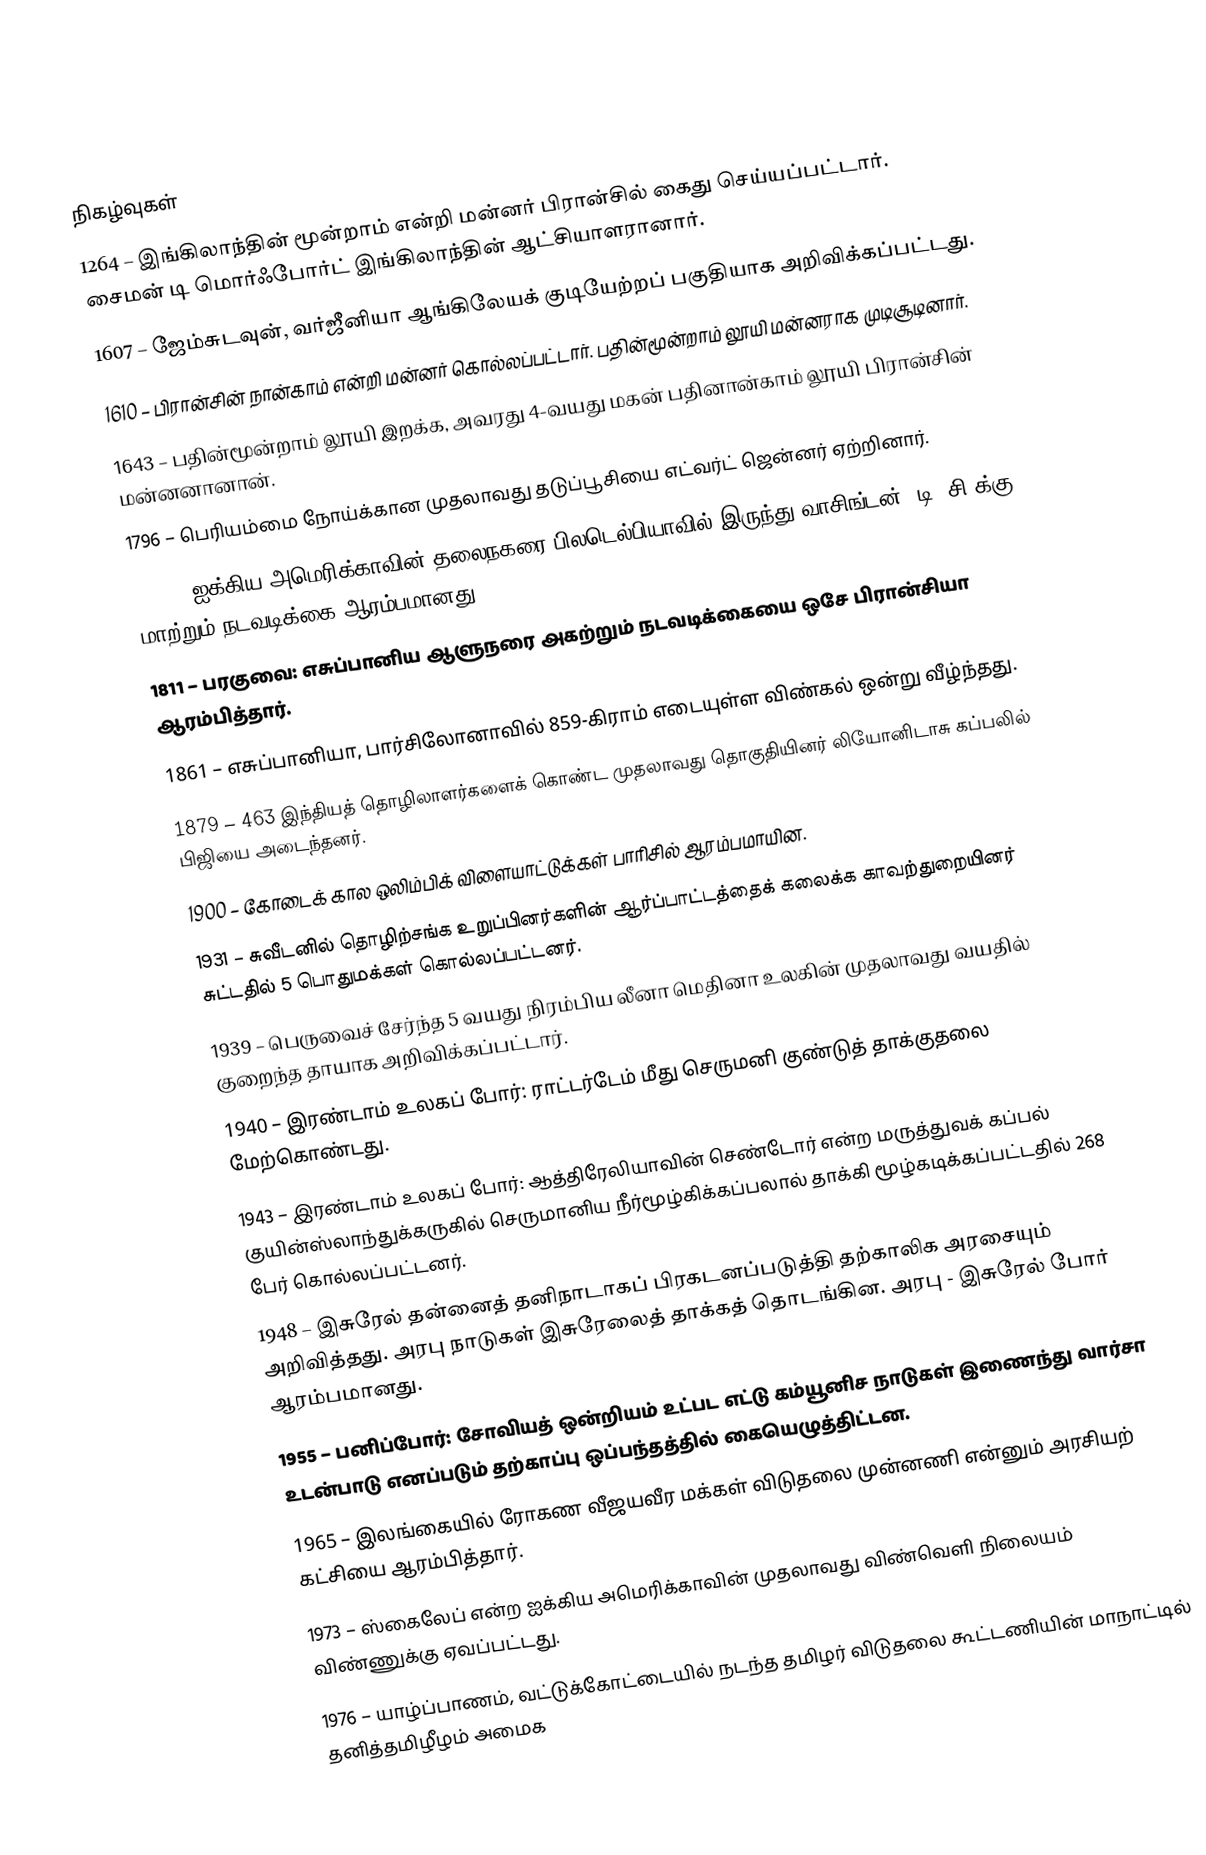

நிகழ்வுகள்
1264 – இங்கிலாந்தின் மூன்றாம் என்றி மன்னர் பிரான்சில் கைது செய்யப்பட்டார். சைமன் டி மொர்ஃபோர்ட் இங்கிலாந்தின் ஆட்சியாளரானார்.
1607 – ஜேம்சுடவுன், வர்ஜீனியா ஆங்கிலேயக் குடியேற்றப் பகுதியாக அறிவிக்கப்பட்டது.
1610 – பிரான்சின் நான்காம் என்றி மன்னர் கொல்லப்பட்டார். பதின்மூன்றாம் லூயி மன்னராக முடிசூடினார்.
1643 – பதின்மூன்றாம் லூயி இறக்க, அவரது 4-வயது மகன் பதினான்காம் லூயி பிரான்சின் மன்னனானான்.
1796 – பெரியம்மை நோய்க்கான முதலாவது தடுப்பூசியை எட்வர்ட் ஜென்னர் ஏற்றினார்.
1800 – ஐக்கிய அமெரிக்காவின் தலைநகரை பிலடெல்பியாவில் இருந்து வாசிங்டன், டி. சி.க்கு மாற்றும் நடவடிக்கை ஆரம்பமானது.
1811 – பரகுவை: எசுப்பானிய ஆளுநரை அகற்றும் நடவடிக்கையை ஒசே பிரான்சியா ஆரம்பித்தார்.
1861 – எசுப்பானியா, பார்சிலோனாவில் 859-கிராம் எடையுள்ள விண்கல் ஒன்று வீழ்ந்தது.
1879 – 463 இந்தியத் தொழிலாளர்களைக் கொண்ட முதலாவது தொகுதியினர் லியோனிடாசு கப்பலில் பிஜியை அடைந்தனர்.
1900 – கோடைக் கால ஒலிம்பிக் விளையாட்டுக்கள் பாரிசில் ஆரம்பமாயின.
1931 – சுவீடனில் தொழிற்சங்க உறுப்பினர்களின் ஆர்ப்பாட்டத்தைக் கலைக்க காவற்துறையினர் சுட்டதில் 5 பொதுமக்கள் கொல்லப்பட்டனர்.
1939 – பெருவைச் சேர்ந்த 5 வயது நிரம்பிய லீனா மெதினா உலகின் முதலாவது வயதில் குறைந்த தாயாக அறிவிக்கப்பட்டார்.
1940 – இரண்டாம் உலகப் போர்: ராட்டர்டேம் மீது செருமனி குண்டுத் தாக்குதலை மேற்கொண்டது.
1943 – இரண்டாம் உலகப் போர்: ஆத்திரேலியாவின் செண்டோர் என்ற மருத்துவக் கப்பல் குயின்ஸ்லாந்துக்கருகில் செருமானிய நீர்மூழ்கிக்கப்பலால் தாக்கி மூழ்கடிக்கப்பட்டதில் 268 பேர் கொல்லப்பட்டனர்.
1948 – இசுரேல் தன்னைத் தனிநாடாகப் பிரகடனப்படுத்தி தற்காலிக அரசையும் அறிவித்தது. அரபு நாடுகள் இசுரேலைத் தாக்கத் தொடங்கின. அரபு - இசுரேல் போர் ஆரம்பமானது.
1955 – பனிப்போர்: சோவியத் ஒன்றியம் உட்பட எட்டு கம்யூனிச நாடுகள் இணைந்து வார்சா உடன்பாடு எனப்படும் தற்காப்பு ஒப்பந்தத்தில் கையெழுத்திட்டன.
1965 – இலங்கையில் ரோகண வீஜயவீர மக்கள் விடுதலை முன்னணி என்னும் அரசியற் கட்சியை ஆரம்பித்தார்.
1973 – ஸ்கைலேப் என்ற ஐக்கிய அமெரிக்காவின் முதலாவது விண்வெளி நிலையம் விண்ணுக்கு ஏவப்பட்டது.
1976 – யாழ்ப்பாணம், வட்டுக்கோட்டையில் நடந்த தமிழர் விடுதலை கூட்டணியின் மாநாட்டில் தனித்தமிழீழம் அமைக